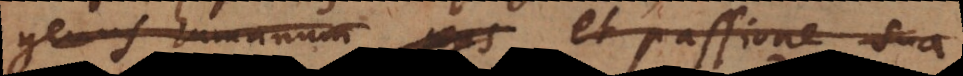
genus humanum et passione sua